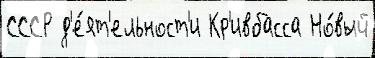
СССР д'е́ят'ельност'и Кр'ивбасса Но́вый